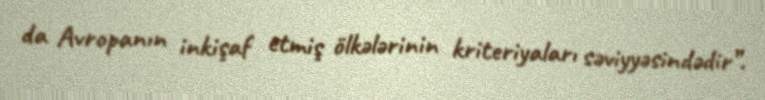
da Avropanın inkişaf etmiş ölkələrinin kriteriyaları səviyyəsindədir”.